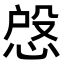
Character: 𢜄